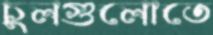
চুলগুলোতে